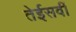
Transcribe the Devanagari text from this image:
तेईसवीं